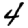
Digit: 4